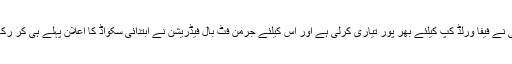
جرمنی نے فیفا ورلڈ کپ کیلئے بھر پور تیاری کرلی ہے اور اس کیلئے جرمن فٹ بال فیڈریشن نے ابتدائی سکواڈ کا اعلان پہلے ہی کر رکھا ہے۔